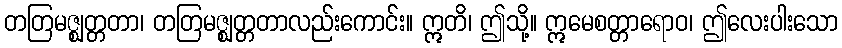
တတြမဇ္ဈတ္တတာ၊ တတြမဇ္ဈတ္တတာလည်းကောင်း။ ဣတိ၊ ဤသို့။ ဣမေစတ္တာရောဝ၊ ဤလေးပါးသော